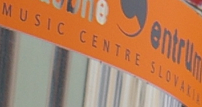
MUSIC CENTRE SLOVAKIA